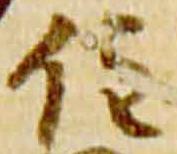
住